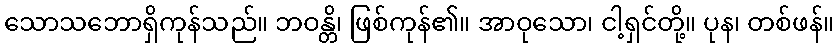
သောသဘောရှိကုန်သည်။ ဘဝန္တိ၊ ဖြစ်ကုန်၏။ အာဝုသော၊ ငါ့ရှင်တို့။ ပုန၊ တစ်ဖန်။